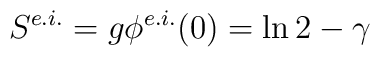
S^{e.i.} = g\phi^{e.i.}(0) = \ln2 - \gamma